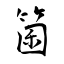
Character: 箘